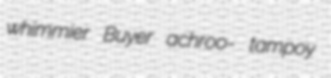
whimmier Buyer achroo- tampoy